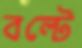
বল্টে